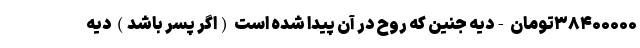
۳۸۴۰۰۰۰۰تومان -دیه جنین که روح در آن پیدا شده است (اگر پسر باشد) دیه